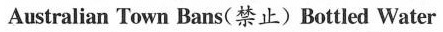
Australian Town Bans(禁止)Bottled Water